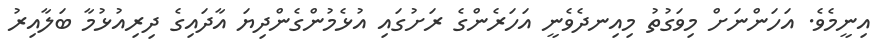
އިނީމެވެ. އަހަންނަށް މިވަގުތު މިއިނދެވެނީ އަހަރެންގެ ރަށުގައި އުޅެމުންގެންދިޔަ އާދައިގެ ދިރިއުޅުމާ ބަލާއިރު